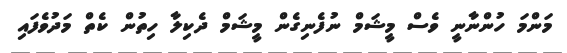
މަންމަ ހުންނާނީ ވެސް މީޝަމް ނުފެނިގެން މީޝަމް ދެކިލާ ހިތުން ކެތް މަދުވެފައި